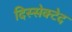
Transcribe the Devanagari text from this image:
दिस्सेक्टेद